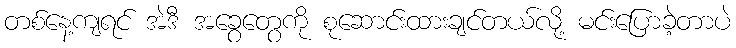
တစ်နေ့ကျရင် အဲဒီ အခွေတွေကို စုဆောင်းထားချင်တယ်လို့ မင်းပြောခဲ့တာပဲ